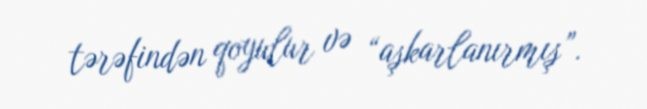
tərəfindən qoyulur və “aşkarlanırmış”.